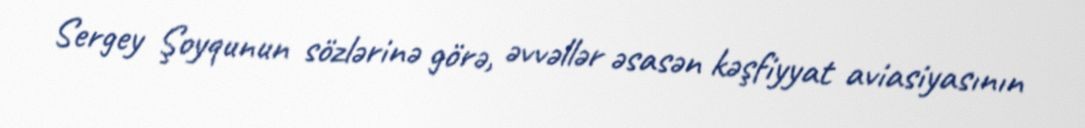
Sergey Şoyqunun sözlərinə görə, əvvəllər əsasən kəşfiyyat aviasiyasının